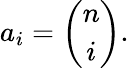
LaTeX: a_{i}={\binom{n}{i}}.